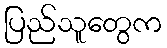
ပြည်သူတွေက